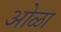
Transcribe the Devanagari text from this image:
ओळा